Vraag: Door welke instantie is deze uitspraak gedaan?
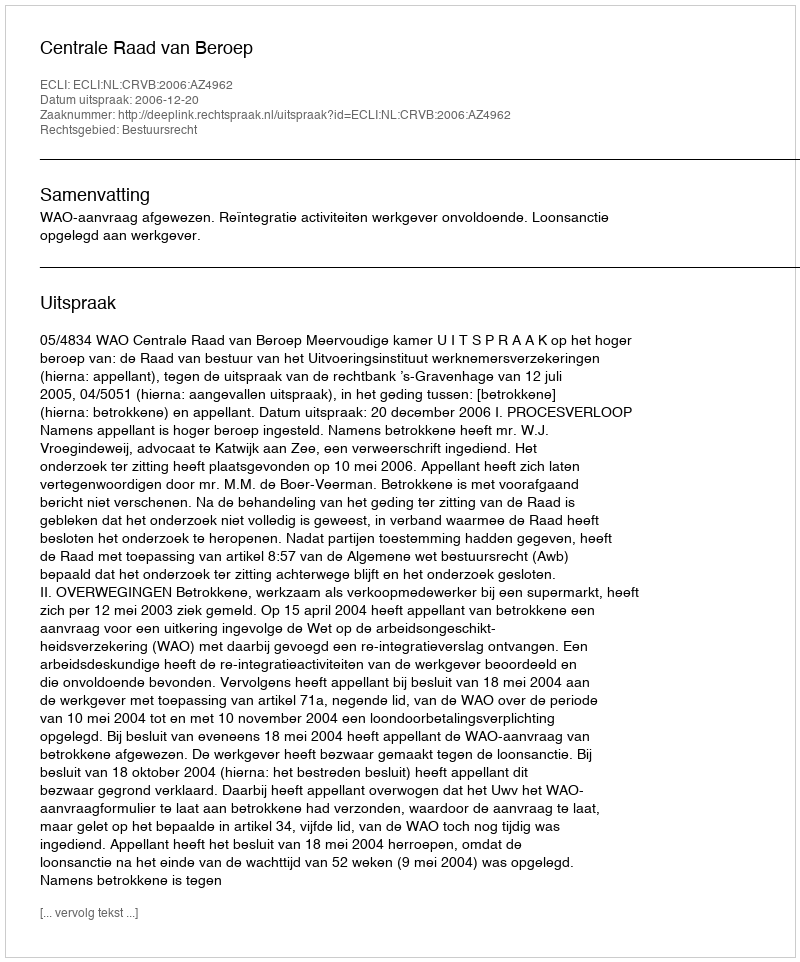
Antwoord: Centrale Raad van Beroep